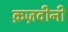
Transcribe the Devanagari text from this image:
क़ज़वीनी